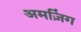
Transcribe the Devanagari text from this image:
अमज़िंग